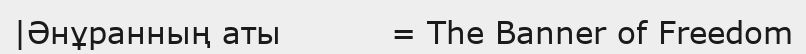
|Әнұранның аты          = The Banner of Freedom